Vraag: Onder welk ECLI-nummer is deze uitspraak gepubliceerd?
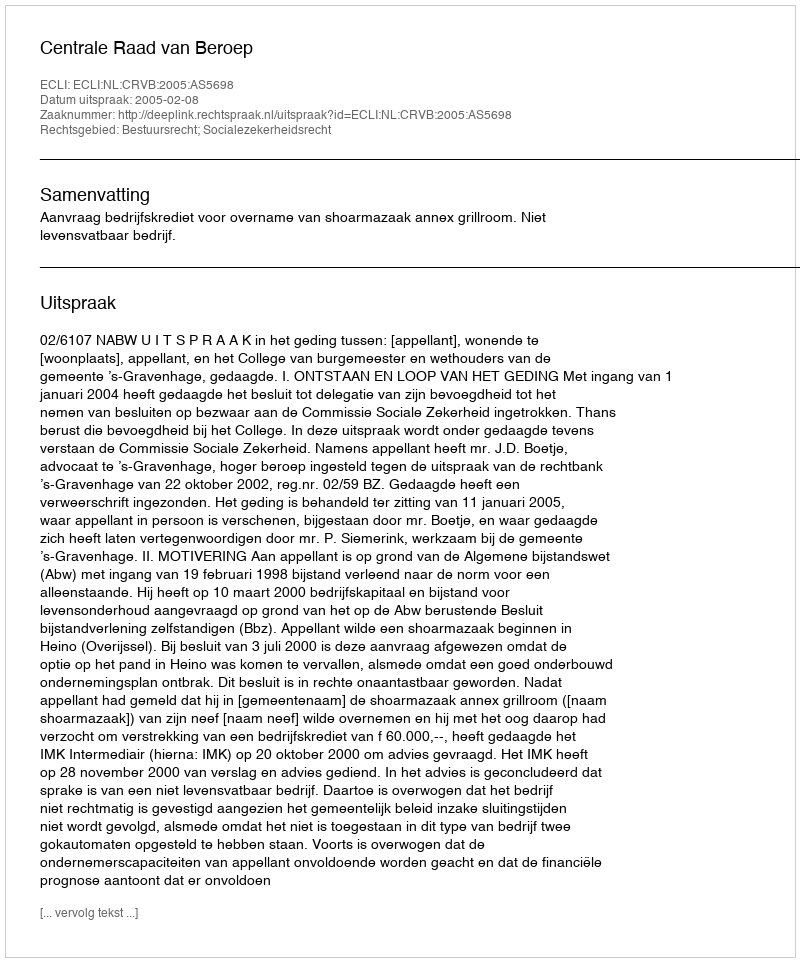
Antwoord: ECLI:NL:CRVB:2005:AS5698